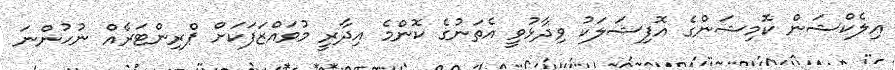
އިލެކްޝަން ކޮމިޝަންގެ އޮފިޝަލަކު ވިދާޅުވީ އެތަނުގެ ކޮންމެ އިދާރީ މުވައްޒަފަކަށް ޕްރިންޓަރެއް ނުހުންނަ